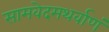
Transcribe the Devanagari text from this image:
सामवेदमथर्वाणं